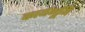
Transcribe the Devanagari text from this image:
कार्यभूमि